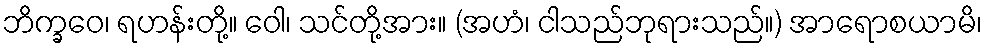
ဘိက္ခဝေ၊ ရဟန်းတို့။ ဝေါ၊ သင်တို့အား။ (အဟံ၊ ငါသည်ဘုရားသည်။) အာရောစယာမိ၊